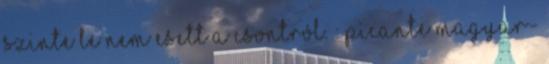
szinte le nem esett a csontról. : Picante magyar-